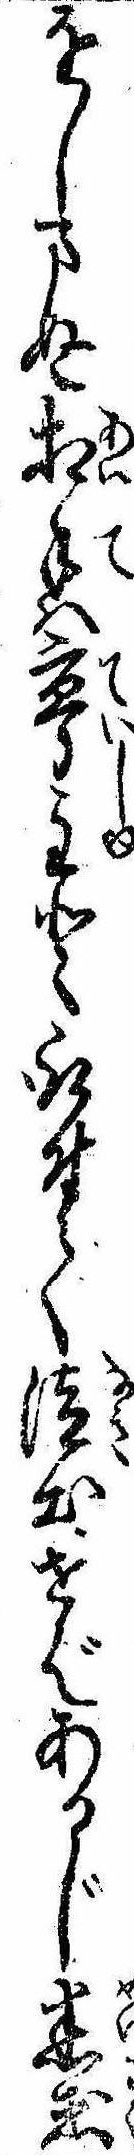
をしまぬ相手は亭主と取付て泣出せばあるじ迷惑